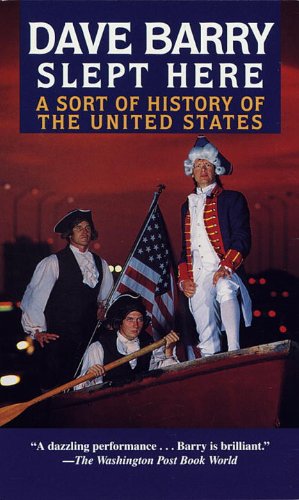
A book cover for Dave Barry Slept Here: A Sort of History of the United States; Dave Barry; Humor & Entertainment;